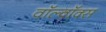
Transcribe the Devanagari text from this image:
वॉल्वॉक्स